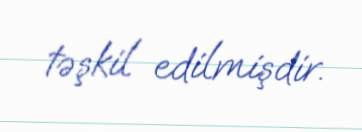
təşkil edilmişdir.